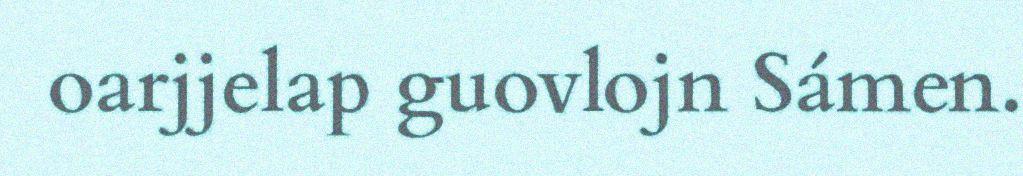
oarjjelap guovlojn Sámen.